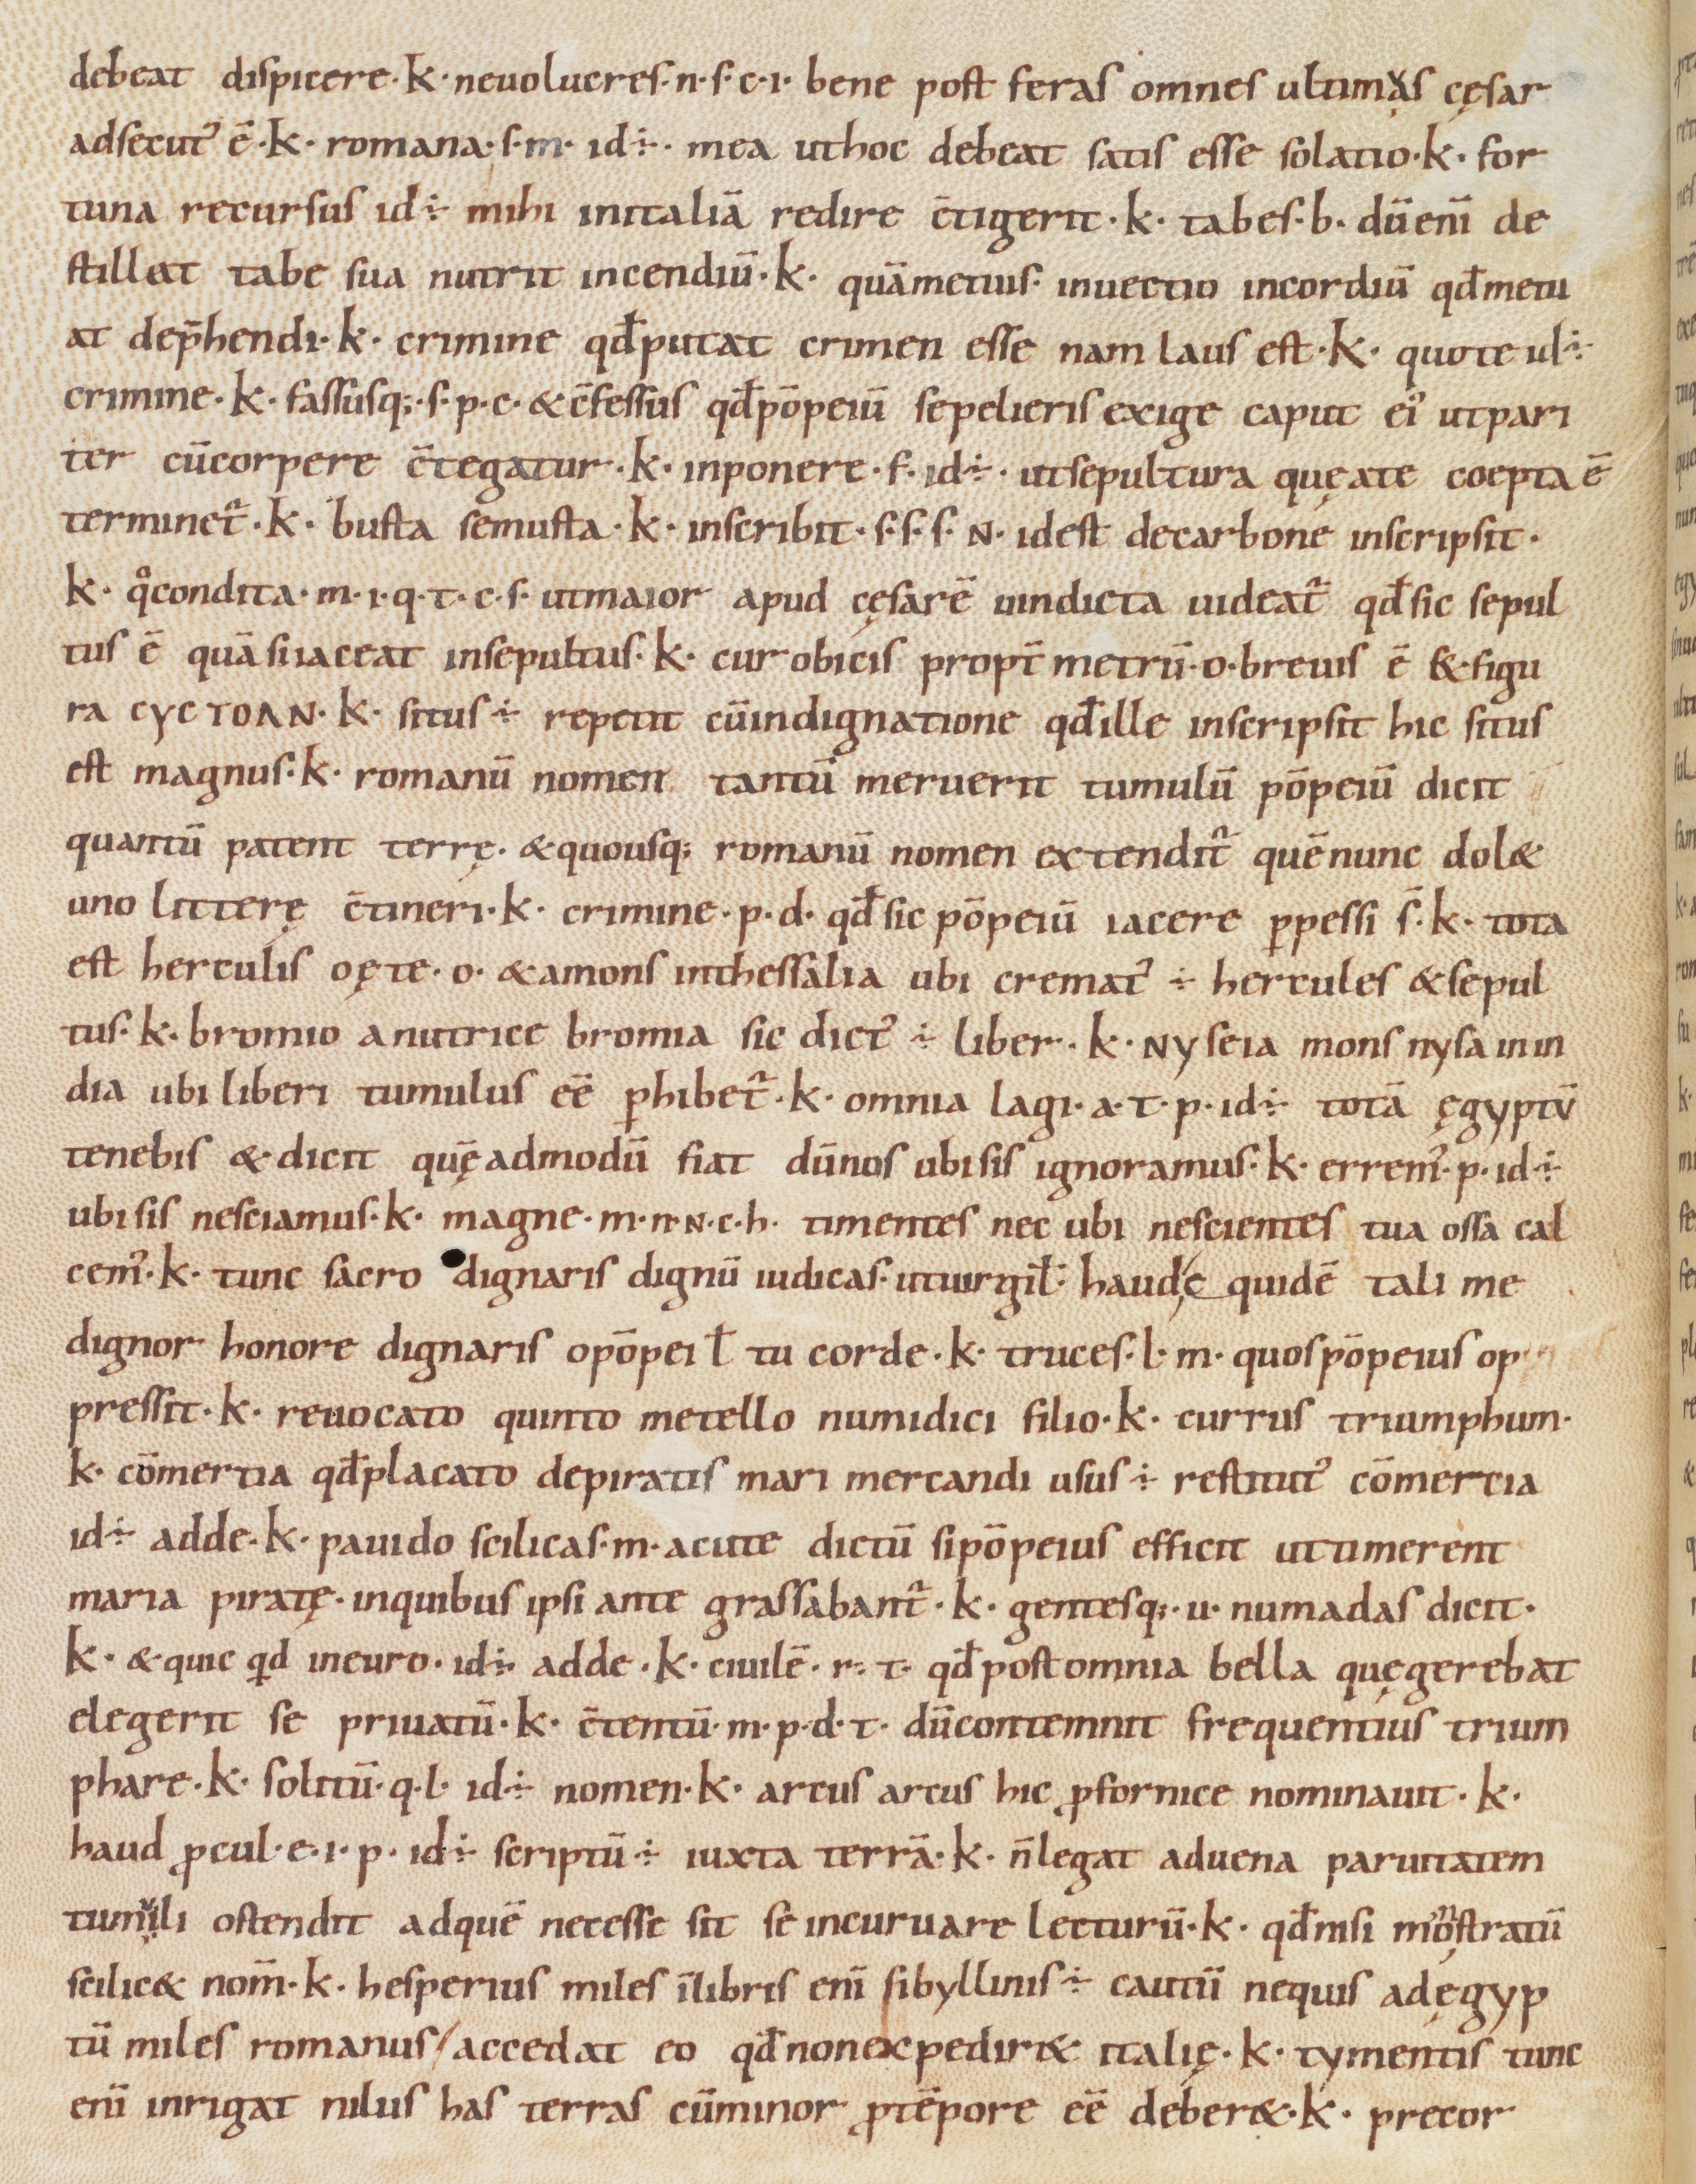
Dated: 1000–1099